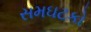
સમઘટકો